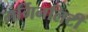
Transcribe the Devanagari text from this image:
मर्गिनलिटी